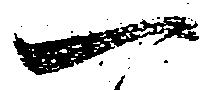
一